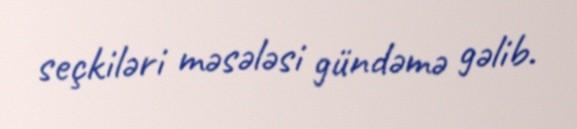
seçkiləri məsələsi gündəmə gəlib.